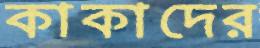
কাকাদের